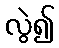
လွဲ၍